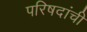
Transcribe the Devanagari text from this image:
परिषदांची